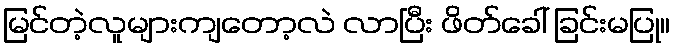
မြင်တဲ့လူများကျတော့လဲ လာပြီး ဖိတ်ခေါ် ခြင်းမပြု။